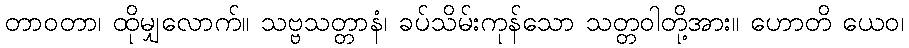
တာဝတာ၊ ထိုမျှလောက်။ သဗ္ဗသတ္တာနံ၊ ခပ်သိမ်းကုန်သော သတ္တဝါတို့အား။ ဟောတိ ယေဝ၊